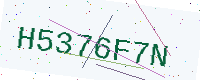
Text: H5376F7N